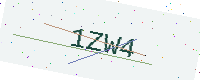
Text: 1ZW4